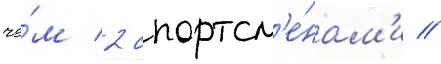
че́м 2 спортсм'е́нам'и //